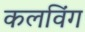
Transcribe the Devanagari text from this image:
कलविंग